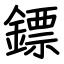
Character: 鏢